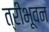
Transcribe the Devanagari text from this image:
त्रीभूवन